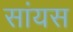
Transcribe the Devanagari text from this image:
सांयस